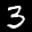
Label: 3